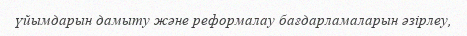
үйымдарын дамыту және реформалау бағдарламаларын әзірлеу,